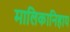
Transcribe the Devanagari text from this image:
मालिकानिहाय